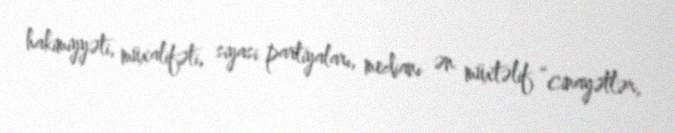
hakimiyyəti, müxalifəti, siyasi partiyaları, medianı ən müxtəlif “cinayətlər,